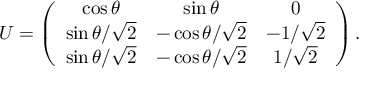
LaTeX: U = \left( \begin{array} { c c c } { { \cos \theta } } & { { \sin \theta } } & { { 0 } } \\ { { \sin \theta / \sqrt { 2 } } } & { { - \cos \theta / \sqrt { 2 } } } & { { - 1 / \sqrt { 2 } } } \\ { { \sin \theta / \sqrt { 2 } } } & { { - \cos \theta / \sqrt { 2 } } } & { { 1 / \sqrt { 2 } } } \end{array} \right) .